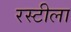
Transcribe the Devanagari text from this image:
रस्टीला